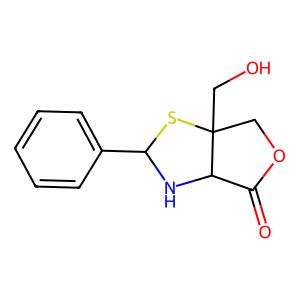
SMILES: O=C1OCC2(CO)SC(c3ccccc3)NC12
Inhibits HIV replication: No